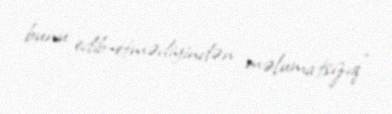
bunu edib-etmədiyindən məlumatsızıq”.